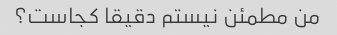
من مطمئن نیستم دقیقا کجاست؟